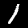
Label: 1